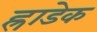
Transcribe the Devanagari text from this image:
ह्राडेक